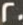
20